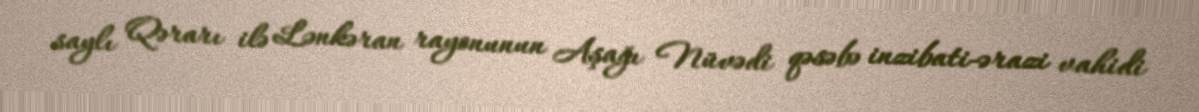
saylı Qərarı ilə Lənkəran rayonunun Aşağı Nüvədi qəsəbə inzibati-ərazi vahidi